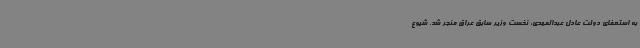
به استعفای دولت عادل عبدالمهدی، نخست وزیر سابق عراق منجر شد. شیوع